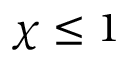
\chi \leq 1